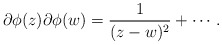
\begin{align*}\partial \phi (z) \partial \phi (w) = \frac{1}{(z - w)^{2}} + \cdots .\end{align*}